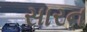
સારન